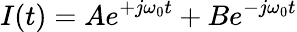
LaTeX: I(t)=Ae^{+j\omega_{0}t}+Be^{-j\omega_{0}t}